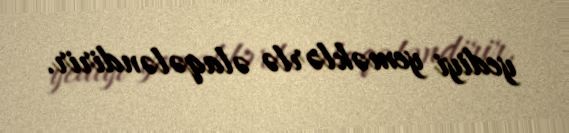
yediyi yeməklərlə əlaqələndirir.